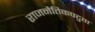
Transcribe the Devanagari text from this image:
राजनैतिकपटुता